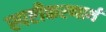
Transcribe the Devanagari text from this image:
स्पष्टीकरणार्थ